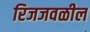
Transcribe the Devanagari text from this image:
रिजजवळील